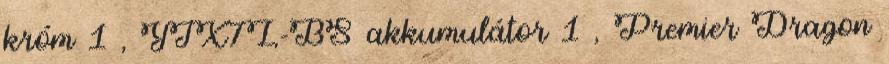
króm 1 , YTX7L-BS akkumulátor 1 , Premier Dragon